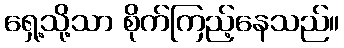
ရှေ့သို့သာ စိုက်ကြည့်နေသည်။